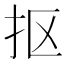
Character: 抠